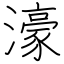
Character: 濠